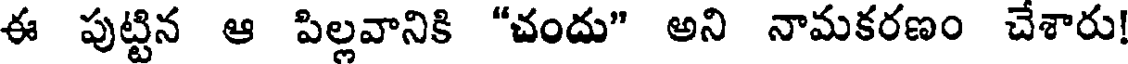
ఈ పుట్టిన ఆ పిల్లవానికి "చందు" అని నామకరణం చేశారు!